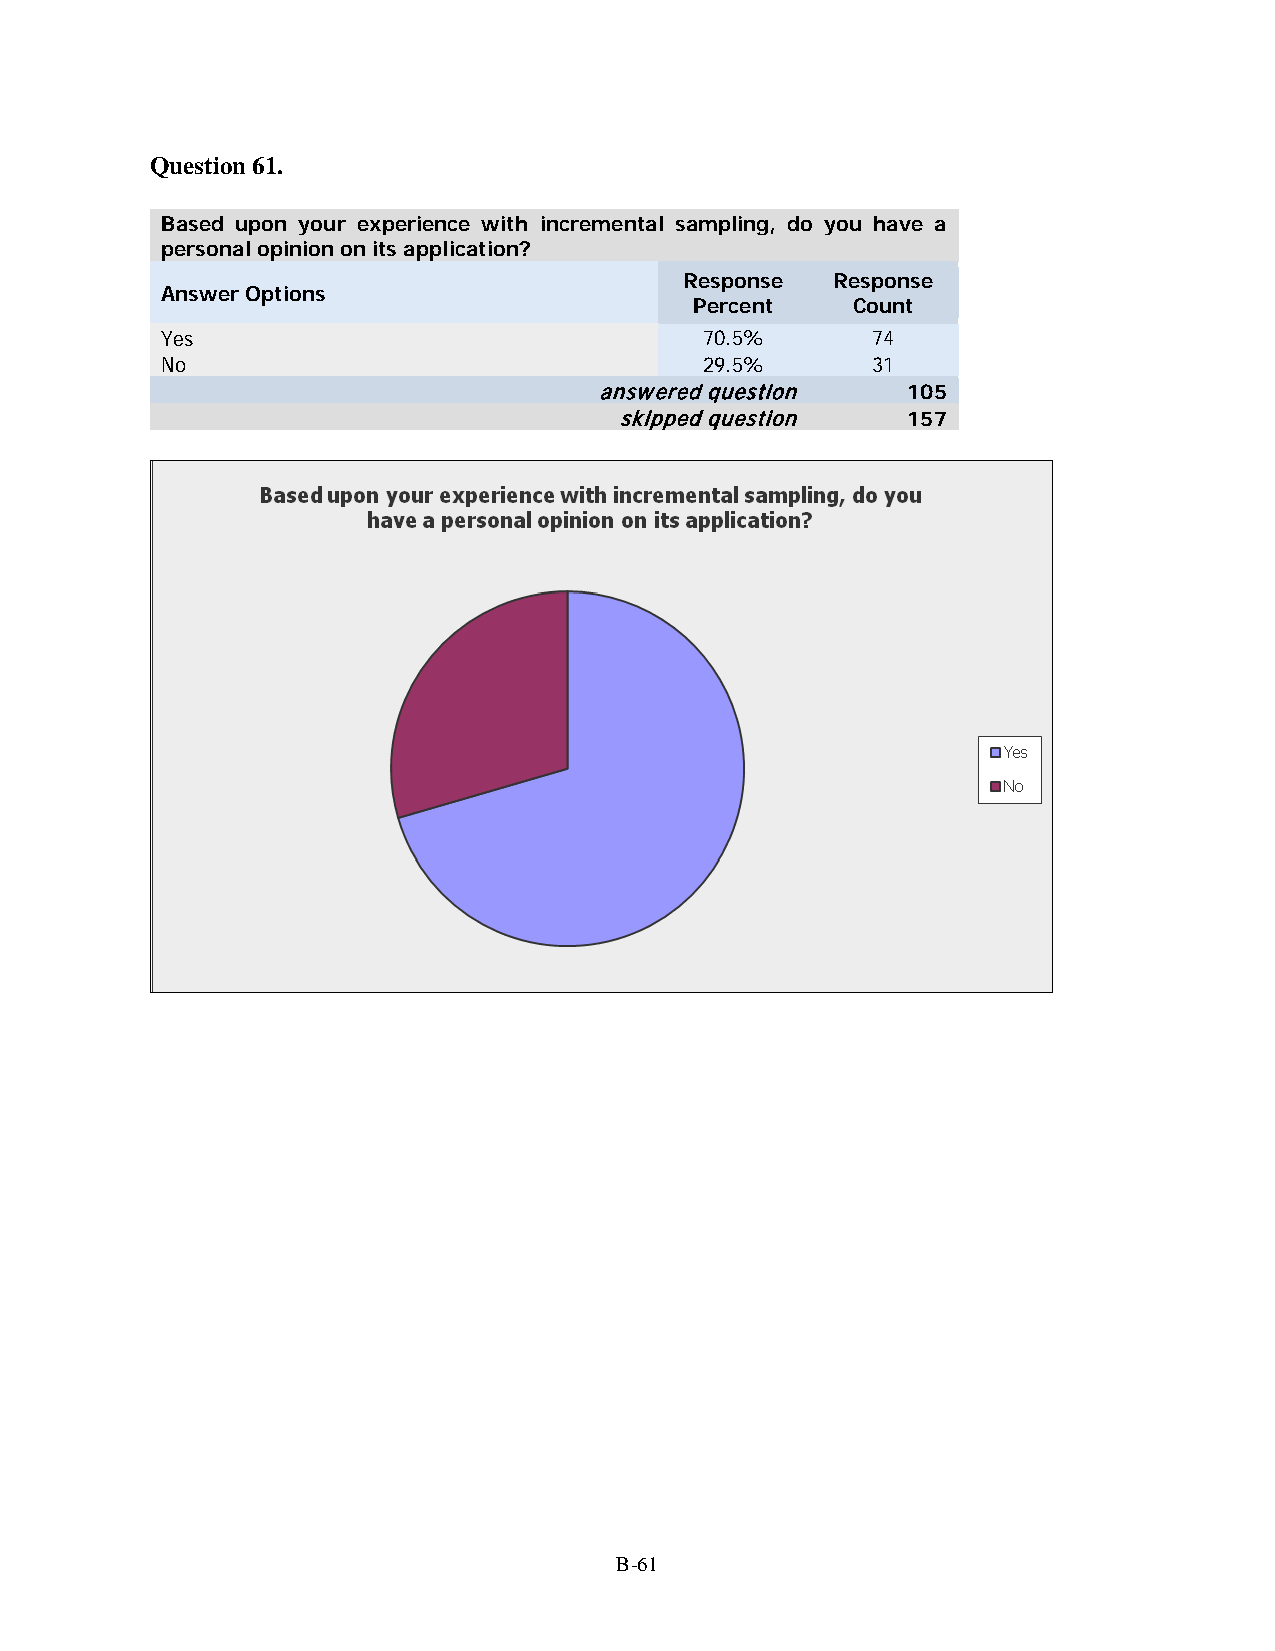
Question 61.
 Based upon your experience with incremental sampling, do you have a
 personal opinion on its application?
 Response  Response
 Answer Options
 Percent   Count
 Yes                                 70.5%      74
 No                                  29.5%      31
 answered question   105
 skipped question   157
 B-61